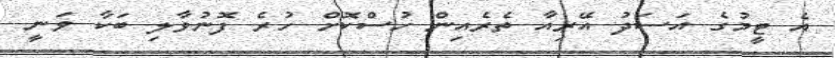
އެ ޓީމުގެ އަސަދު އޭރިއާ ތެރެއިން ހުސްކޮށް ހުރެ ފޮނުވާލި ބަކާ ވަނީ